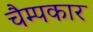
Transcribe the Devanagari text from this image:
चैम्पकार